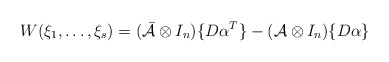
\begin{align*}W(\xi_1,\ldots,\xi_s)=(\mathcal{\bar{A}}\otimes I_n) \{D\alpha^T\}-(\mathcal{A}\otimes I_n) \{D\alpha\}\end{align*}